Indian journal of veterinary science and animal husbandry - Volume 9,
Year: 1939
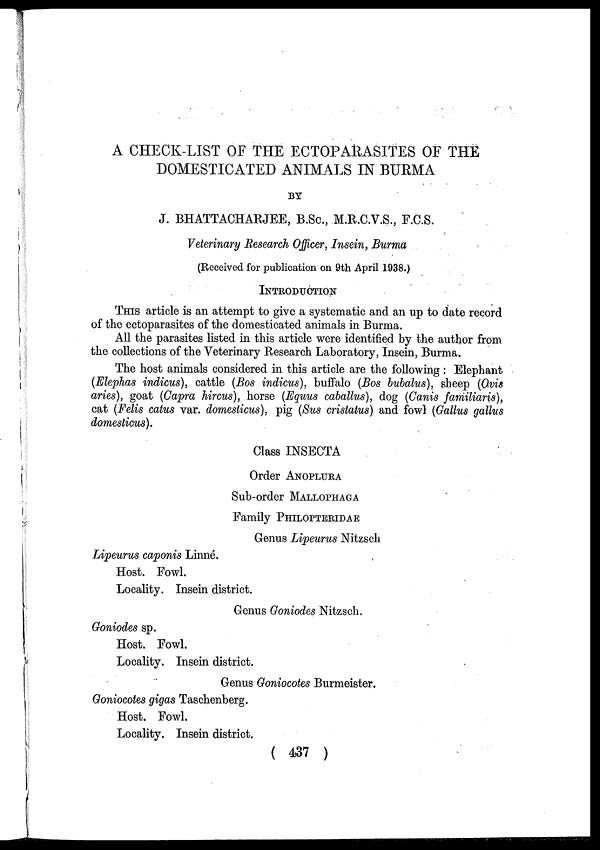
A CHECK-LIST OF THE ECTOPARASITES OF THE
DOMESTICATED ANIMALS IN BURMA
BY
J. BHATTACHARJEE, B.Sc., M.R.C.V.S., F.C.S.
Veterinary Research Officer, Insein, Burma
(Received for publication on 9th April 1938.)
INTRODUCTION
THIS article is an attempt to give a systematic and an up to date record
of the ectoparasites of the domesticated animals in Burma.
All the parasites listed in this article were identified by the author from
the collections of the Veterinary Research Laboratory, Insein, Burma.
The host animals considered in this article are the following : Elephant
(Elephas indicus), cattle (Bos indicus), buffalo (Bos bubalus), sheep (Ovis
aries), goat (Capra hircus), horse (Equus caballus), dog (Canis familiaris),
cat (Felis catus var. domesticus), pig (Sus cristatus) and fowl (Gallus gallus
domesticus).
Class INSECTA
Order ANOPLURA
Sub-order MALLOPHAGA
Family PHILOPTERIDAE
Genus Lipeurus Nitzsch
Lipeurus caponis Linné.
Host. Fowl.
Locality. Insein district.
Genus Goniodes Nitzsch.
Goniodes sp.
Host. Fowl.
Locality. Insein district.
Genus Goniocotes Burmeister.
Goniocotes gigas Taschenberg.
Host. Fowl.
Locality. Insein district.
( 437 )